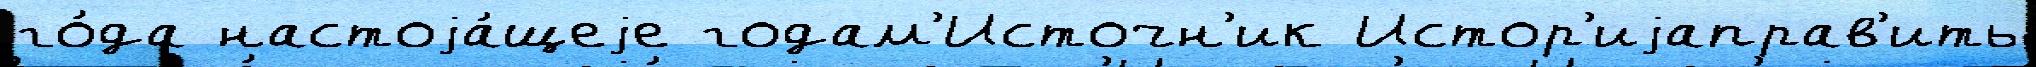
го́да настоjа́щеjе годам'Источн'ик Истор'иjаправ'ить